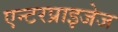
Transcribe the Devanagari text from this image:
एन्टरप्राइजेज